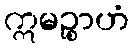
ဣမဉ္စာဟံ